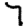
Digit: 7